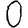
Digit: 0